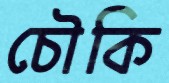
চৌকি